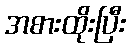
အစားထိုးပြီး